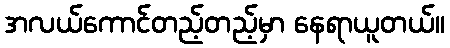
အလယ်ကောင်တည့်တည့်မှာ နေရာယူတယ်။